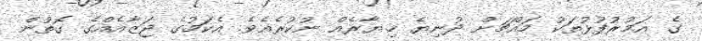
ގެ އަމުރުފުޅުތަކު މައްޗަށް ދުނިޔެ ޚިޔާރެއް ނުކުރެއެވެ. އެކަމުގެ ޖަޒާއެއްގެ ގޮތުން